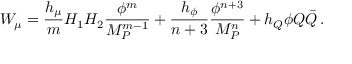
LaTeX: W _ { \mu } = { \frac { h _ { \mu } } { m } } H _ { 1 } H _ { 2 } { \frac { \phi ^ { m } } { M _ { P } ^ { m - 1 } } } + { \frac { h _ { \phi } } { n + 3 } } { \frac { \phi ^ { n + 3 } } { M _ { P } ^ { n } } } + h _ { Q } \phi Q \bar { Q } \, .